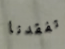
تفقدنا